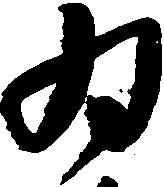
為